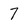
Character: 7